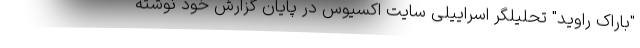
"باراک راوید" تحلیلگر اسراییلی سایت اکسیوس در پایان گزارش خود نوشته